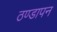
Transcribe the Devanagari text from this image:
ठण्‍डापन